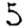
Digit: 5